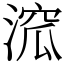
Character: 溛